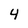
Character: 4